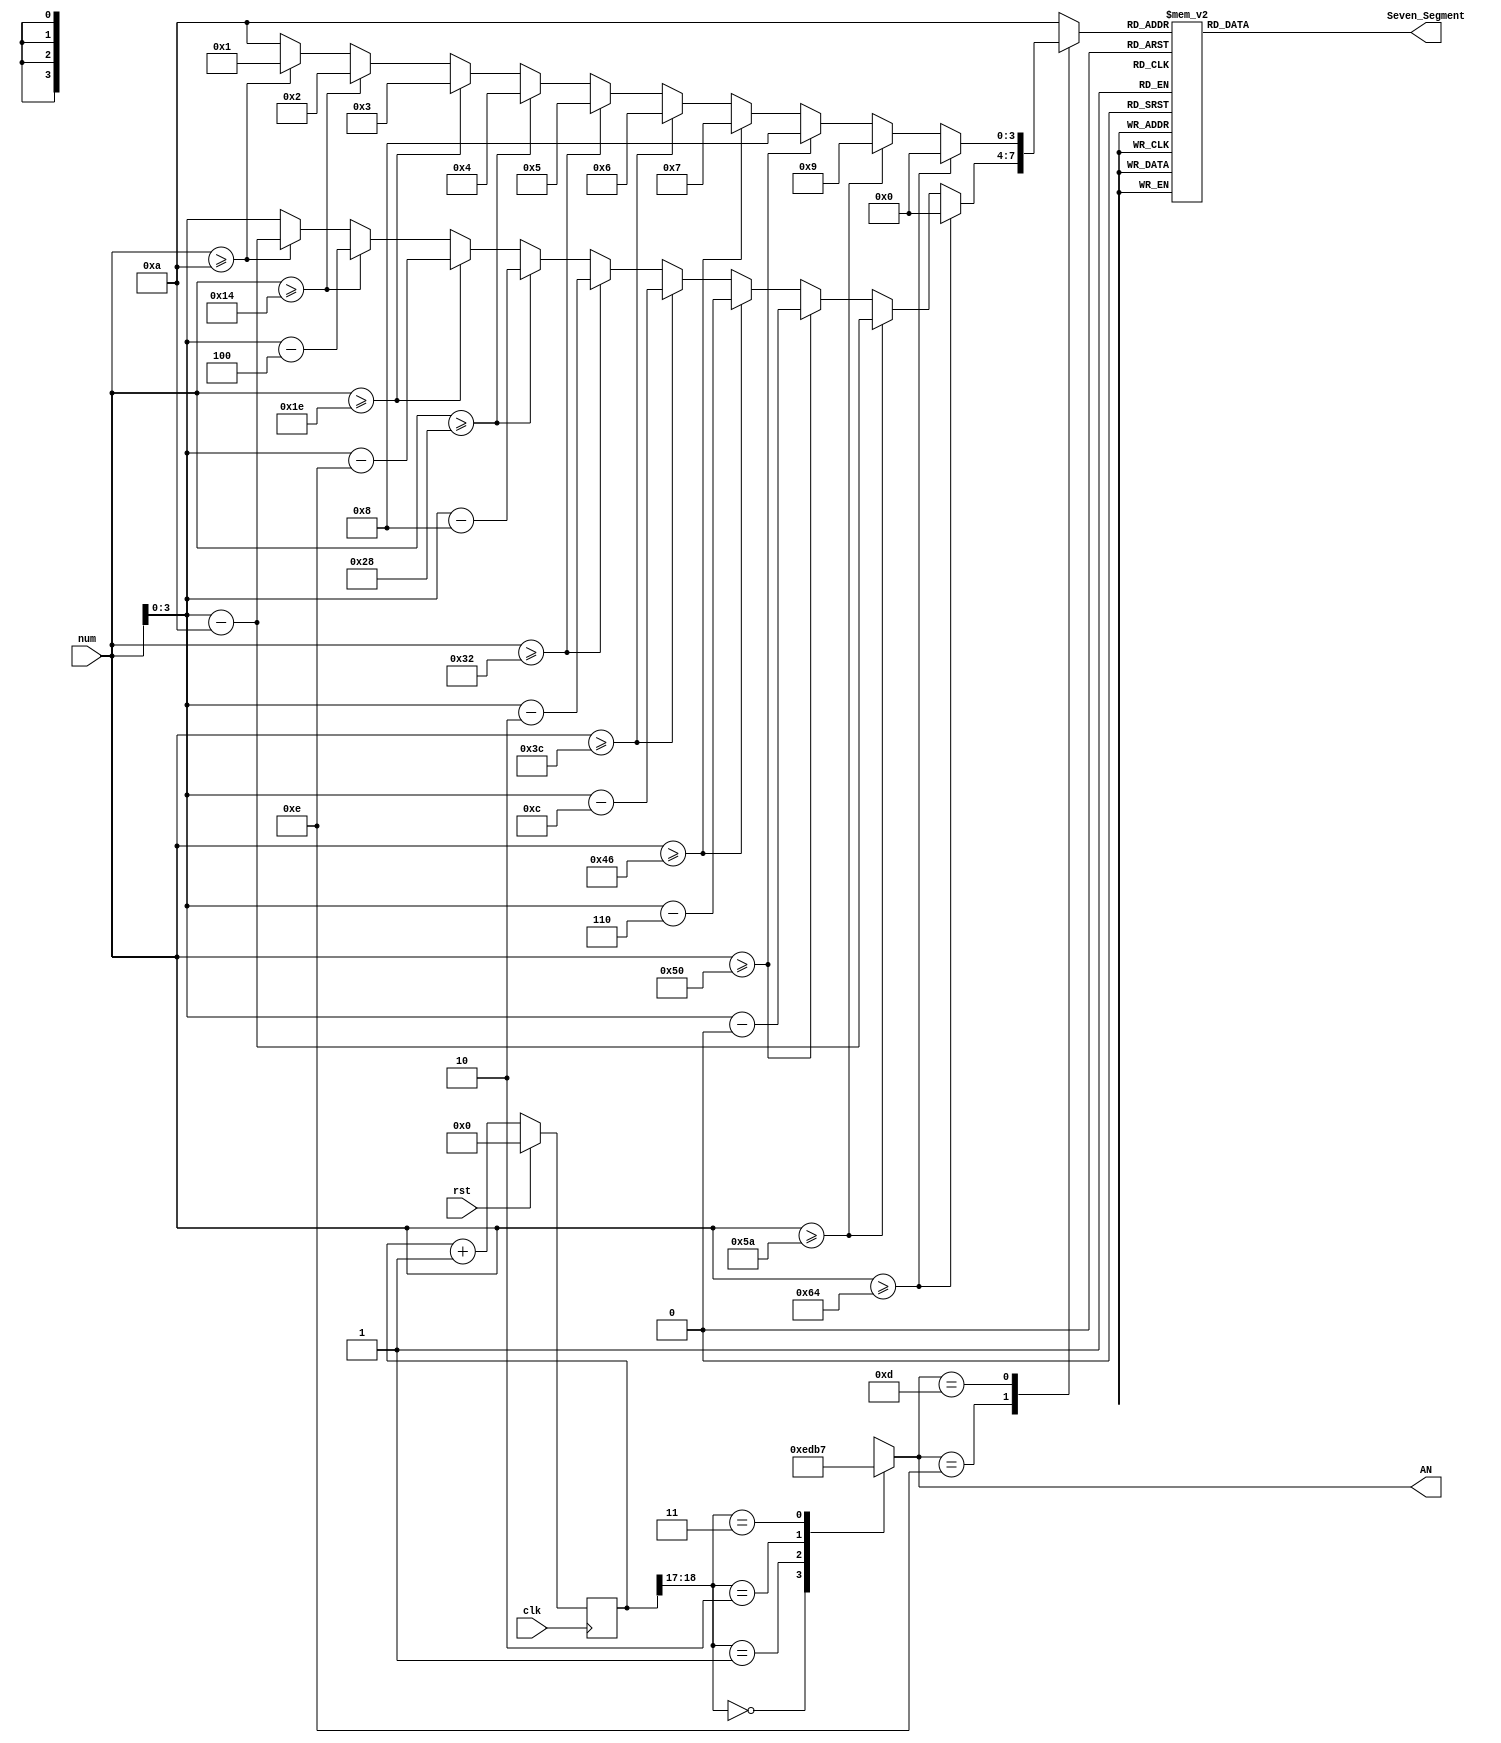
module SevenSegment(
    input clk, 
    input rst, 
    input [7:0] num,
    output reg [6:0] Seven_Segment, 
    output reg [3:0] AN
    );
    reg [18:0] clock_divider;
    reg [3:0] display_num;
    wire [1:0] activating_LED; 

    always@(posedge clk)begin
        if(rst)begin
            clock_divider <= 19'd0;
        end
        else begin
            clock_divider <= clock_divider + 19'd1;
        end
    end
    assign activating_LED = clock_divider[18:17];
    always@(*)begin
        case(activating_LED)
            2'b00:AN = 4'b1110;
            2'b01:AN = 4'b1101;
            2'b10:AN = 4'b1011;
            2'b11:AN = 4'b0111;
            default:AN = 4'b1111;
        endcase
    end
    always@(*)begin
        case(AN)
            4'b1110:begin
                if(num >= 8'd100)display_num = 7'd0;
                else if(num >= 8'd90)display_num = num - 8'd90;
                else if(num >= 8'd80)display_num = num - 8'd80;
                else if(num >= 8'd70)display_num = num - 8'd70;
                else if(num >= 8'd60)display_num = num - 8'd60;
                else if(num >= 8'd50)display_num = num - 8'd50;
                else if(num >= 8'd40)display_num = num - 8'd40;
                else if(num >= 8'd30)display_num = num - 8'd30;
                else if(num >= 8'd20)display_num = num - 8'd20;
                else if(num >= 8'd10)display_num = num - 8'd10;
                else display_num = num;
            end
            4'b1101:begin
                //display_num = num /10;
                if(num >= 7'd100)display_num = 7'd0;
                else if(num >= 7'd90)display_num = 7'd9;
                else if(num >= 7'd80)display_num = 7'd8;
                else if(num >= 7'd70)display_num = 7'd7;
                else if(num >= 7'd60)display_num = 7'd6;
                else if(num >= 7'd50)display_num = 7'd5;
                else if(num >= 7'd40)display_num = 7'd4;
                else if(num >= 7'd30)display_num = 7'd3;
                else if(num >= 7'd20)display_num = 7'd2;
                else if(num >= 7'd10)display_num = 7'd1;
                else display_num = 7'd10;
            end
            4'b1011:begin
                display_num = 7'd10;
            end
            4'b0111:begin
                display_num = 7'd10;
            end
            default:begin
                display_num = 7'd10;
            end
        endcase
    end 
    
    always@(*)begin
        case(display_num)
            0 : Seven_Segment = 7'b1000000;	  //0000
            1 : Seven_Segment = 7'b1111001;   //0001                                                
            2 : Seven_Segment = 7'b0100100;   //0010                                                
            3 : Seven_Segment = 7'b0110000;   //0011                                             
            4 : Seven_Segment = 7'b0011001;   //0100                                               
            5 : Seven_Segment = 7'b0010010;   //0101                                               
            6 : Seven_Segment = 7'b0000010;   //0110
            7 : Seven_Segment = 7'b1111000;   //0111
            8 : Seven_Segment = 7'b0000000;   //1000
            9 : Seven_Segment = 7'b0010000;   //1001
            10 : Seven_Segment = 7'b1111111; // no display
            default : Seven_Segment = 7'b1111111;
        endcase
    end
endmodule